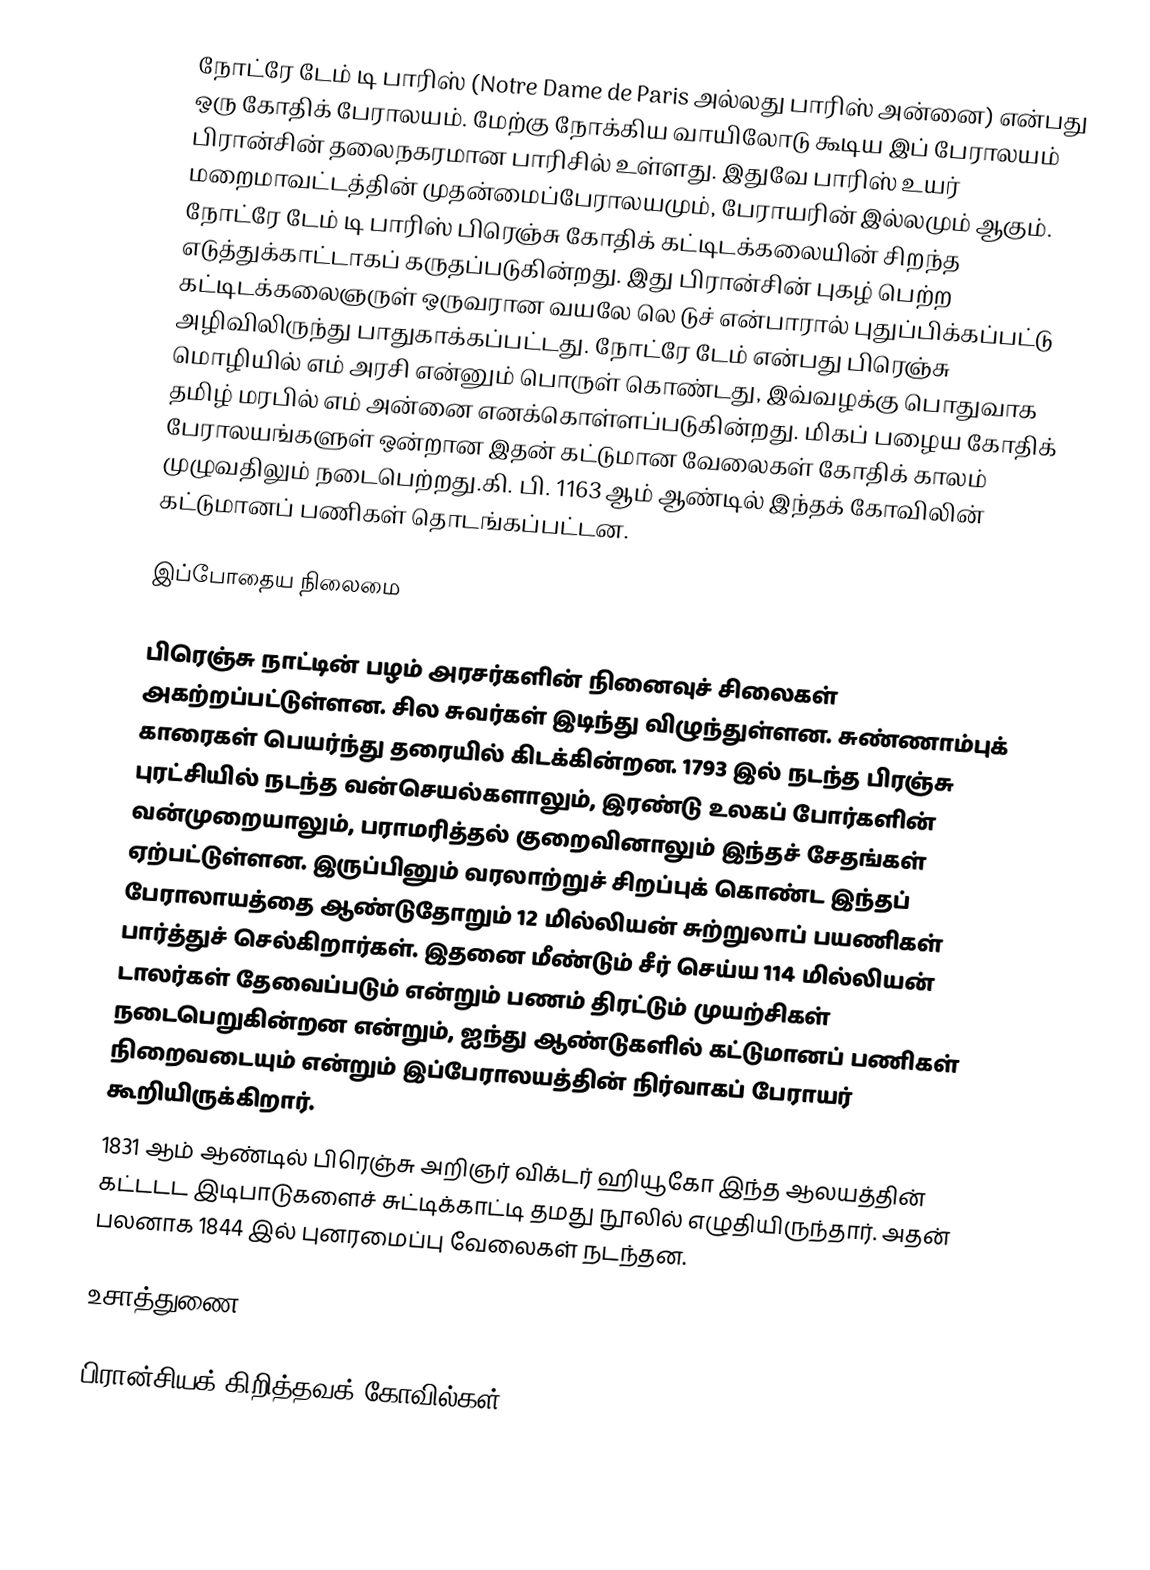
நோட்ரே டேம் டி பாரிஸ் (Notre Dame de Paris அல்லது பாரிஸ் அன்னை) என்பது ஒரு கோதிக் பேராலயம். மேற்கு நோக்கிய வாயிலோடு கூடிய இப் பேராலயம் பிரான்சின் தலைநகரமான பாரிசில் உள்ளது. இதுவே பாரிஸ் உயர் மறைமாவட்டத்தின் முதன்மைப்பேராலயமும், பேராயரின் இல்லமும் ஆகும். நோட்ரே டேம் டி பாரிஸ் பிரெஞ்சு கோதிக் கட்டிடக்கலையின் சிறந்த எடுத்துக்காட்டாகப் கருதப்படுகின்றது. இது பிரான்சின் புகழ் பெற்ற கட்டிடக்கலைஞருள் ஒருவரான வயலே லெ டுச் என்பாரால் புதுப்பிக்கப்பட்டு அழிவிலிருந்து பாதுகாக்கப்பட்டது. நோட்ரே டேம் என்பது பிரெஞ்சு மொழியில் எம் அரசி என்னும் பொருள் கொண்டது, இவ்வழக்கு பொதுவாக தமிழ் மரபில் எம் அன்னை எனக்கொள்ளப்படுகின்றது. மிகப் பழைய கோதிக் பேராலயங்களுள் ஒன்றான இதன் கட்டுமான வேலைகள் கோதிக் காலம் முழுவதிலும் நடைபெற்றது.கி. பி. 1163 ஆம் ஆண்டில் இந்தக் கோவிலின் கட்டுமானப் பணிகள் தொடங்கப்பட்டன.

இப்போதைய நிலைமை

பிரெஞ்சு நாட்டின் பழம் அரசர்களின் நினைவுச் சிலைகள் அகற்றப்பட்டுள்ளன. சில சுவர்கள் இடிந்து விழுந்துள்ளன. சுண்ணாம்புக்  காரைகள் பெயர்ந்து தரையில் கிடக்கின்றன. 1793 இல் நடந்த பிரஞ்சு புரட்சியில் நடந்த வன்செயல்களாலும், இரண்டு உலகப் போர்களின் வன்முறையாலும், பராமரித்தல் குறைவினாலும்  இந்தச் சேதங்கள் ஏற்பட்டுள்ளன. இருப்பினும் வரலாற்றுச் சிறப்புக் கொண்ட இந்தப் பேராலாயத்தை ஆண்டுதோறும் 12 மில்லியன் சுற்றுலாப் பயணிகள் பார்த்துச் செல்கிறார்கள். இதனை மீண்டும் சீர் செய்ய 114 மில்லியன் டாலர்கள் தேவைப்படும் என்றும் பணம் திரட்டும் முயற்சிகள் நடைபெறுகின்றன என்றும், ஐந்து ஆண்டுகளில் கட்டுமானப் பணிகள் நிறைவடையும் என்றும் இப்பேராலயத்தின் நிர்வாகப் பேராயர் கூறியிருக்கிறார்.
1831 ஆம் ஆண்டில் பிரெஞ்சு அறிஞர் விக்டர் ஹியூகோ இந்த ஆலயத்தின் கட்டடட இடிபாடுகளைச் சுட்டிக்காட்டி தமது நூலில் எழுதியிருந்தார். அதன் பலனாக 1844 இல் புனரமைப்பு வேலைகள் நடந்தன.

உசாத்துணை

பிரான்சியக் கிறித்தவக் கோவில்கள்